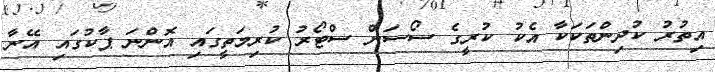
އިތުރު ކުދިންތަކަކާ އެކު ކުރީގެ ސޯސަން ސްޓޯރު ކުރިމަތީގައި އޮންނަ ޕާކުގައި އޭނާ